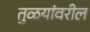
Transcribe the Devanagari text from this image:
तुळयांवरील